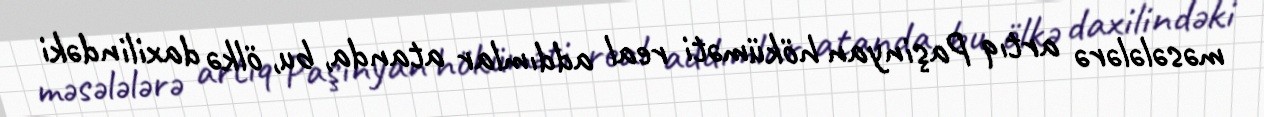
məsələlərə artıq Paşinyan höküməti real addımlar atanda, bu, ölkə daxilindəki